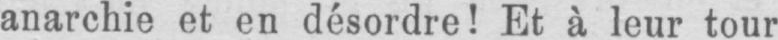
anarchie et en désordre! Et à leur tour